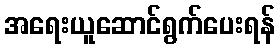
အရေးယူဆောင်ရွက်ပေးရန်